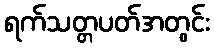
ရက်သတ္တပတ်အတွင်း